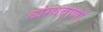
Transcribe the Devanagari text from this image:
व्यंग्यवाणों